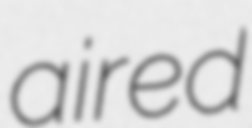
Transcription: aired